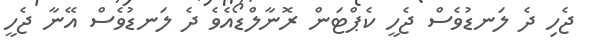
ޖެހި ދެ ލަނޑުވެސް ޖެހީ ކެޕްޓަން ރޮނާލްޑޯއެވެ ދެ ލަނޑުވެސް އޭނާ ޖެހީ